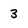
Character: 3